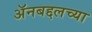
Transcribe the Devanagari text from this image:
अॅनबद्दलच्या